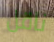
ناقل